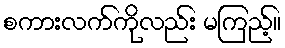
စကားလက်ကိုလည်း မကြည့်။